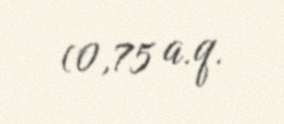
(0,75 a.q.